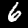
Label: 6